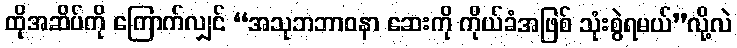
ထိုအဆိပ်ကို ကြောက်လျှင် “အသုဘဘာဝနာ ဆေးကို ကိုယ်ခံအဖြစ် သုံးစွဲရမယ်”လို့လဲ